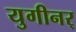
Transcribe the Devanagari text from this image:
युगीनर्